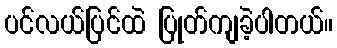
ပင်လယ်ပြင်ထဲ ပြုတ်ကျခဲ့ပါတယ်။